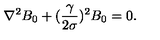
\nabla ^ { 2 } B _ { 0 } + ( { \frac { \gamma } { 2 \sigma } } ) ^ { 2 } B _ { 0 } = 0 .